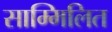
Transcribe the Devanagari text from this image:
साम्मिलित